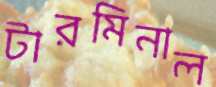
টারমিনাল